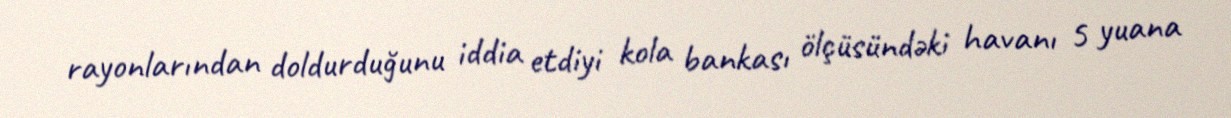
rayonlarından doldurduğunu iddia etdiyi kola bankası ölçüsündəki havanı 5 yuana